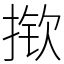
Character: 揿